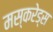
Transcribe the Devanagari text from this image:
मस्करेड्स